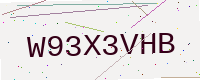
Text: W93X3VHB